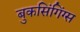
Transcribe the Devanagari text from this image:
बुकसिंगिंग्स